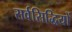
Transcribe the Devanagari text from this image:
सर्वसिद्धियों